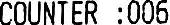
COUNTER :006